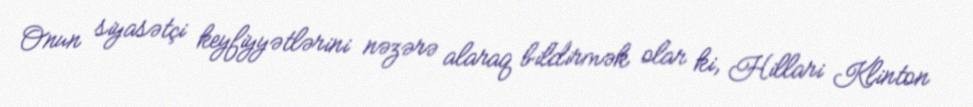
Onun siyasətçi keyfiyyətlərini nəzərə alaraq bildirmək olar ki, Hillari Klinton